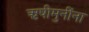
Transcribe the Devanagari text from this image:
ऋषीमुनींना